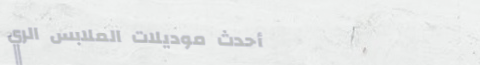
أحدث موديلات الملابس الري